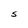
Character: S